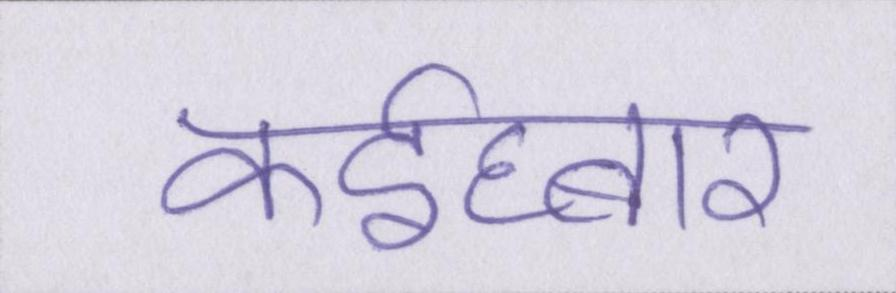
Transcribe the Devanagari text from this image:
कईघ्बार